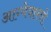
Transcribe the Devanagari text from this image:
आग्येयास्त्रों